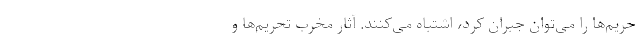
حریم‌ها را می‌توان جبران کرد، اشتباه می‌کنند. آثار مخرب تحریم‌ها و